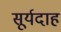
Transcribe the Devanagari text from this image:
सूर्यदाह